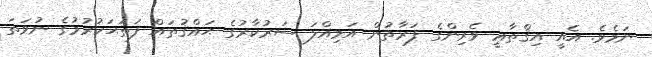
ނަމެވެ. އެއީ އިޤްޠާޢީ ވެރިންގެ ފަރާތުން އަމިއްލަ ސަރުކާރުގެ ޙައްޤުތައް ފަތަޙަކުރުމުގެ ނުވަތަ